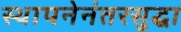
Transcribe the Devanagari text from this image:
स्थापनेनंतरसुद्धा